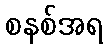
စနစ်အရ